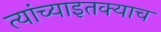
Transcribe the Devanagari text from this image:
त्यांच्याइतक्याच